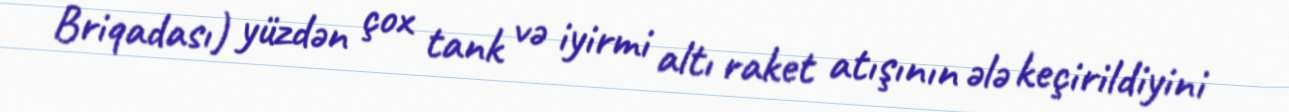
Briqadası) yüzdən çox tank və iyirmi altı raket atışının ələ keçirildiyini